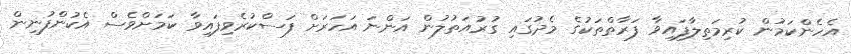
އެހެންކަމުން ކުރިމަތިލާފައިވާ ފަރާތްތަކުގެ މެދުގައި ގުރުއަތުލުން އަންނަ އަހަރަށް ފަސްކުރެވިފައިވާ ކަމަށްވެސް އެކުންފުނިން